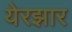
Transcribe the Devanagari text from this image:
येरझार